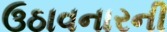
ઉઠાવનારની